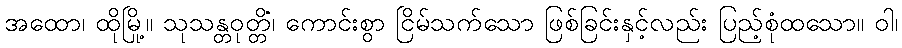
အထော၊ ထိုမြို့။ သုသန္တဝုတ္တိံ၊ ကောင်းစွာ ငြိမ်သက်သော ဖြစ်ခြင်းနှင့်လည်း ပြည့်စုံထသော။ ဝါ၊